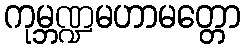
ကုမ္ဘဏ္ဍမဟာမတ္တော